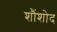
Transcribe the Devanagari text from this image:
शौंशोद